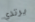
يرتدي